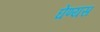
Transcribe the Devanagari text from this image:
घेण्यस